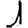
Digit: 1